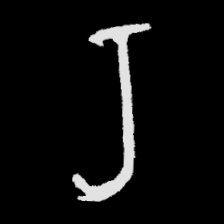
Pyu character \u2014 Myanmar letter: ရ (romanized: ra)